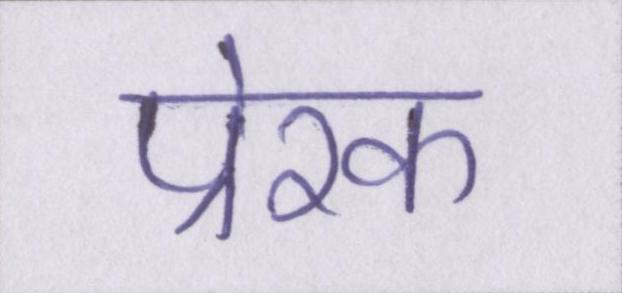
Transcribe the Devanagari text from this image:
प्रेरक